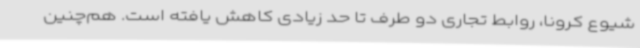
شیوع کرونا، روابط تجاری دو طرف تا حد زیادی کاهش یافته است. هم‌چنین